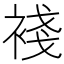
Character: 䙁